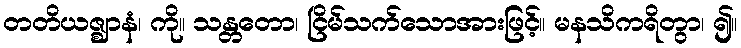
တတိယဇ္ဈာနံ၊ ကို။ သန္တတော၊ ငြိမ်သက်သောအားဖြင့်။ မနသိကရိတွာ၊ ၍။